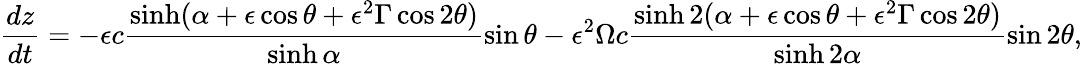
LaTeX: \frac{dz}{dt}=-\epsilon c\frac{\sinh(\alpha+\epsilon\cos\theta+\epsilon^{2}\Gamma\cos 2\theta)}{\sinh\alpha}\sin\theta-\epsilon^{2}\Omega c\frac{\sinh 2(\alpha+\epsilon\cos\theta+\epsilon^{2}\Gamma\cos 2\theta)}{\sinh 2\alpha}\sin 2\theta,